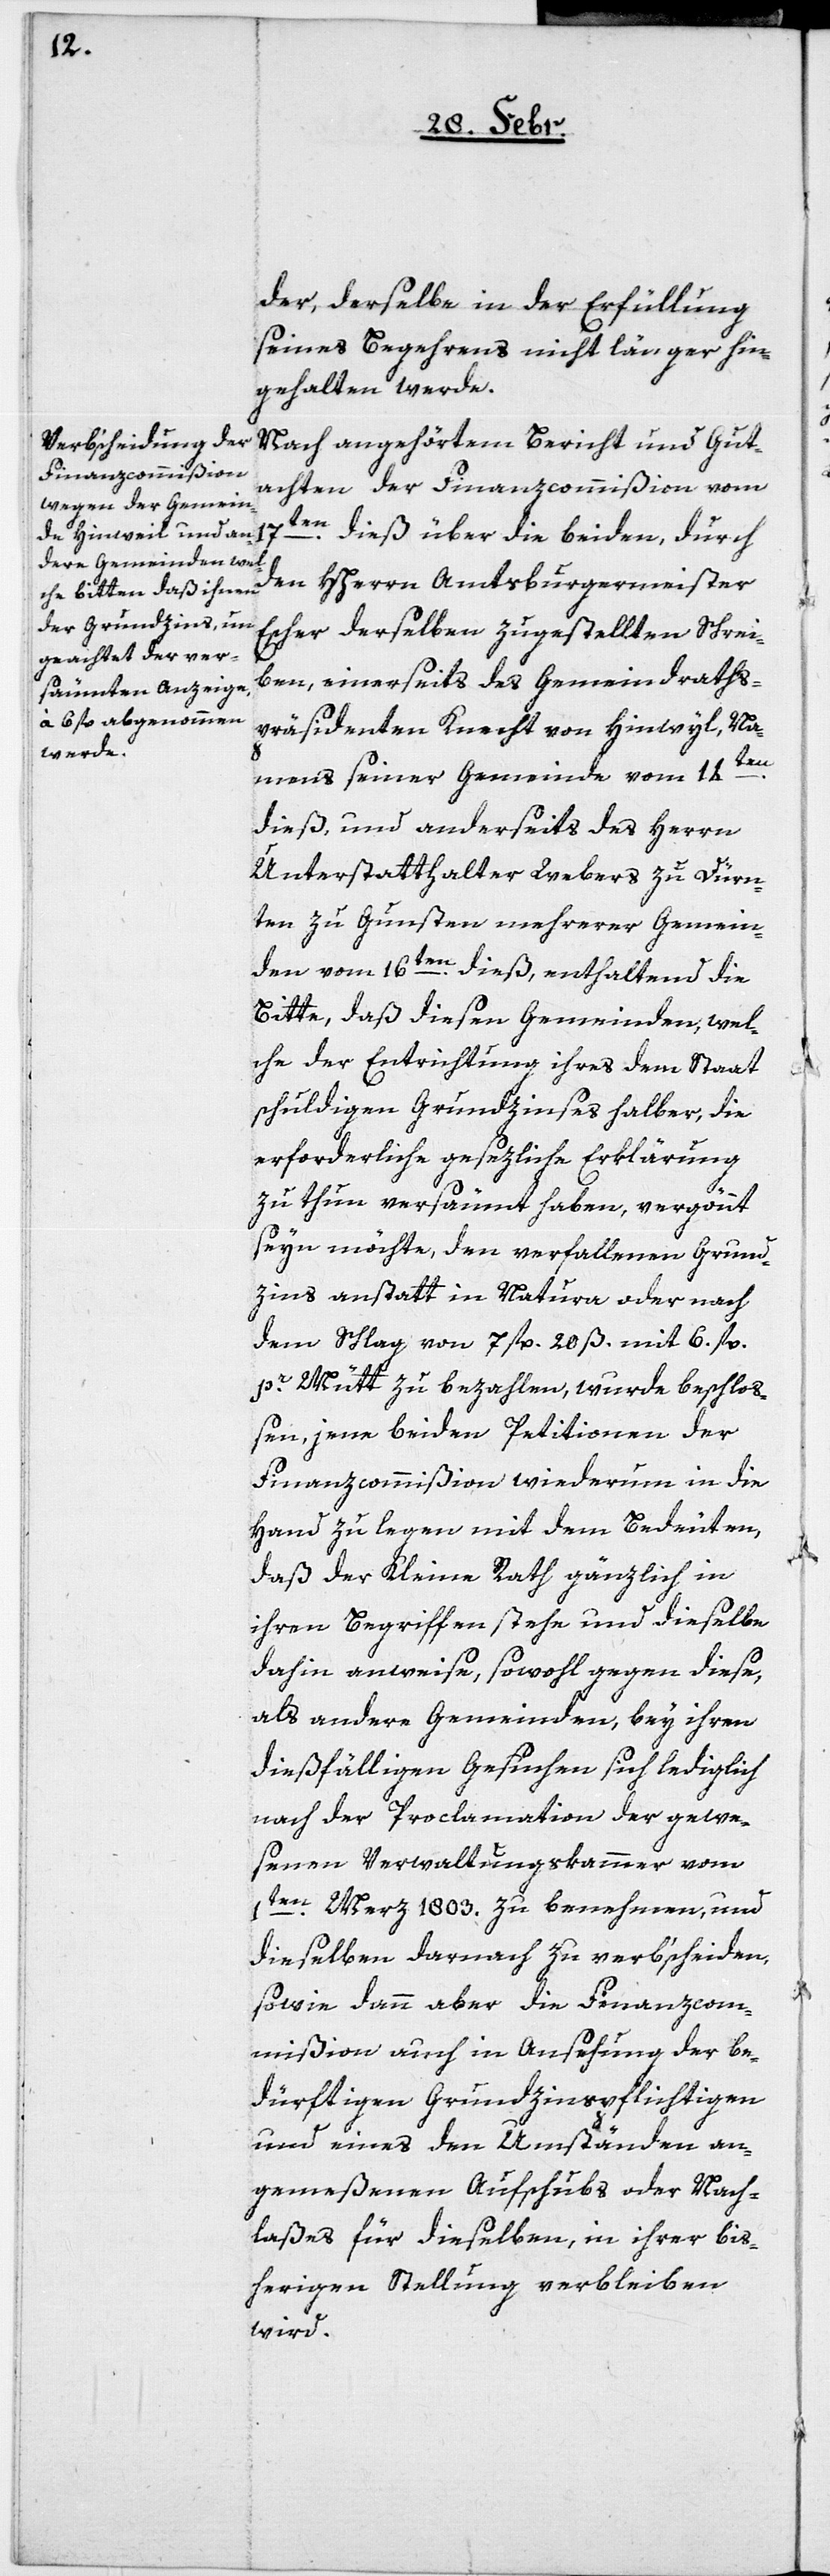
der, derselbe in der Erfüllung
seines Begehrens nicht länger hin¬
gehalten werde.
Nach angehörtem Bericht und Gut¬
achten der Finanzcommißion vom
17ten
dieß über die beiden, durch
den HHerrn Amtsburgermeister
Escher derselben zugestellten Schrei¬
ben, einerseits des Gemeindraths¬
präsidenten Knecht von Hinweil, Na¬
mens seiner Gemeinde vom 14ten
dieß und anderseits des Herrn
Unterstatthalter Webers zu Dürn¬
ten zu Gunsten mehrerer Gemein¬
den vom 16ten dieß, enthaltend die
Bitte, daß diesen Gemeinden, wel¬
che der Entrichtung ihres dem Staat
schuldigen Grundzinses halber, die
erforderliche gesezliche Erklärung
zu thun versäumt haben, vergönnt
sein möchte, den verfallenen Grund¬
zins anstatt in Natura oder nach
dem Schlag von 7 fl. 20 ß mit 6 fl.
pr. Mütt zu bezahlen, wurde beschloß¬
en, jene beiden Petitionen der
Finanzcommißion wiederum in die
Hand zu legen mit dem Bedeuten,
daß der Kleine Rath gänzlich in
ihren Begriffen stehe und dieselbe
dahin anweise, sowohl gegen diese,
als andere Gemeinden, bei ihren
dießfälligen Gesuchen sich lediglich
nach der Proclamation der gewe¬
senen Verwaltungskammer vom
1ten Merz 1803. zu benehmen, und
dieselben darnach zu verb’scheiden,
sowie dann aber die Finanzcom¬
mißion auch in Ansehung der be¬
dürftigen Grundzinspflichtigen
und eines den Umständen an¬
gemeßenen Aufschubs oder Nach¬
laßes für dieselben, in ihrer bis¬
herigen Stellung verbleiben
wird.